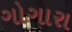
ગોગારા